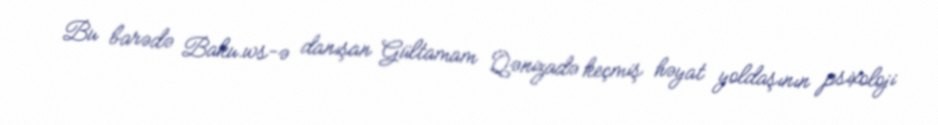
Bu barədə Baku.ws-ə danışan Gültamam Qənizadə keçmiş həyat yoldaşının psixoloji